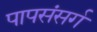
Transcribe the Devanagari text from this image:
पापसंसर्ग